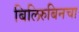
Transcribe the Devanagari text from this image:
बिलिरुबिनचा